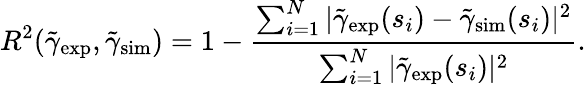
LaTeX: R^{2}(\tilde{\gamma}_{\mathrm{exp}},\tilde{\gamma}_{\mathrm{sim}})=1-\frac{\sum_{i=1}^{N}|\tilde{\gamma}_{\mathrm{exp}}(s_{i})-\tilde{\gamma}_{\mathrm{sim}}(s_{i})|^{2}}{\sum_{i=1}^{N}|\tilde{\gamma}_{\mathrm{exp}}(s_{i})|^{2}}.